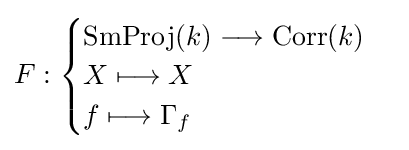
F:{\begin{cases}\operatorname {SmProj} (k)\longrightarrow \operatorname {Corr} (k)\\X\longmapsto X\\f\longmapsto \Gamma _{f}\end{cases}}